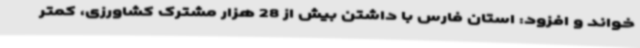
خواند و افزود: استان فارس با داشتن بیش از 28 هزار مشترک کشاورزی، کمتر